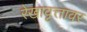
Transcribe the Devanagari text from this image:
रेखावृत्तावर